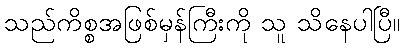
သည်ကိစ္စအဖြစ်မှန်ကြီးကို သူ သိနေပါပြီ။